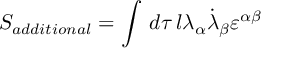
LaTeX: S _ { a d d i t i o n a l } = \int \, d \tau \, l \lambda _ { \alpha } \dot { \lambda } _ { \beta } \varepsilon ^ { \alpha \beta }